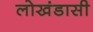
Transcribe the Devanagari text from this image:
लोखंडासी